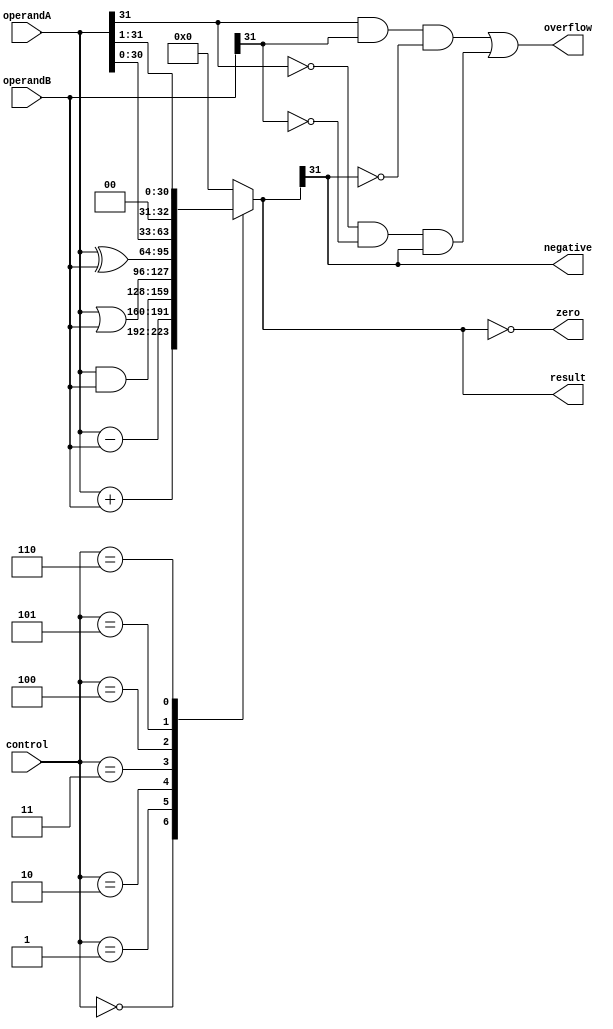
module ALU(
    input [31:0] operandA,
    input [31:0] operandB,
    input [2:0] control,
    output [31:0] result,
    output zero,
    output negative,
    output overflow
    );

    reg [31:0] result;
    reg zero, negative, overflow;
    wire [31:0] sum;
    wire carry_out;

    always @ (operandA, operandB, control) begin
        case(control)
            3'b000: result = operandA + operandB; // addition
            3'b001: result = operandA - operandB; // subtraction
            3'b010: result = operandA & operandB; // bitwise AND
            3'b011: result = operandA | operandB; // bitwise OR
            3'b100: result = operandA ^ operandB; // bitwise XOR
            3'b101: result = operandA << 1; // shift left
            3'b110: result = operandA >> 1; // shift right
            default: result = 0;
        endcase

        sum = operandA + operandB;
        overflow = (operandA[31] & operandB[31] & ~result[31]) | (~operandA[31] & ~operandB[31] & result[31]);
        zero = (result == 0);
        negative = (result[31] == 1);
    end

endmodule